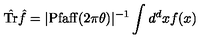
\hat { \mathrm { T r } } { \hat { f } } = | \mathrm { P f a f f } ( 2 \pi \theta ) | ^ { - 1 } \int d ^ { d } x f ( x )